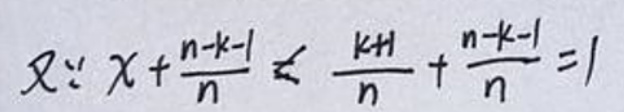
又$\because x+\frac{n - k - 1}{n}\leq\frac{k + 1}{n}+\frac{n - k - 1}{n}=1$